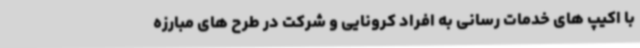
با اکیپ های خدمات رسانی به افراد کرونایی و شرکت در طرح های مبارزه